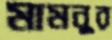
মামনুর